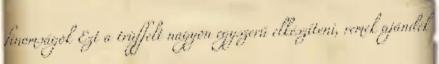
finomságok Ezt a trüffelt nagyon egyszerű elkészíteni, remek ajándék